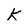
Character: K